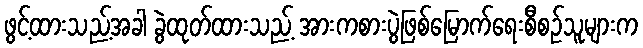
ဖွင့်ထားသည့်အခါ ခွဲထုတ်ထားသည့် အားကစားပွဲဖြစ်မြောက်ရေးစီစဉ်သူများက